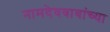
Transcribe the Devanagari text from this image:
नामदेवबाबांच्या